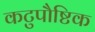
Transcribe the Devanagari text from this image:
कटुपौष्टिक